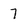
Character: 7